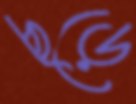
ছড়ে